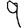
Digit: 9